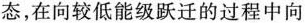
发态，在向较低能级跃迁的过程中向